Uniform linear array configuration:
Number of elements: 64
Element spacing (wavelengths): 0.75
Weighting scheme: cosine
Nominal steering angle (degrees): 60
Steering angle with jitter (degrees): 58.362
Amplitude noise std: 0.05
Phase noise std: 0.05

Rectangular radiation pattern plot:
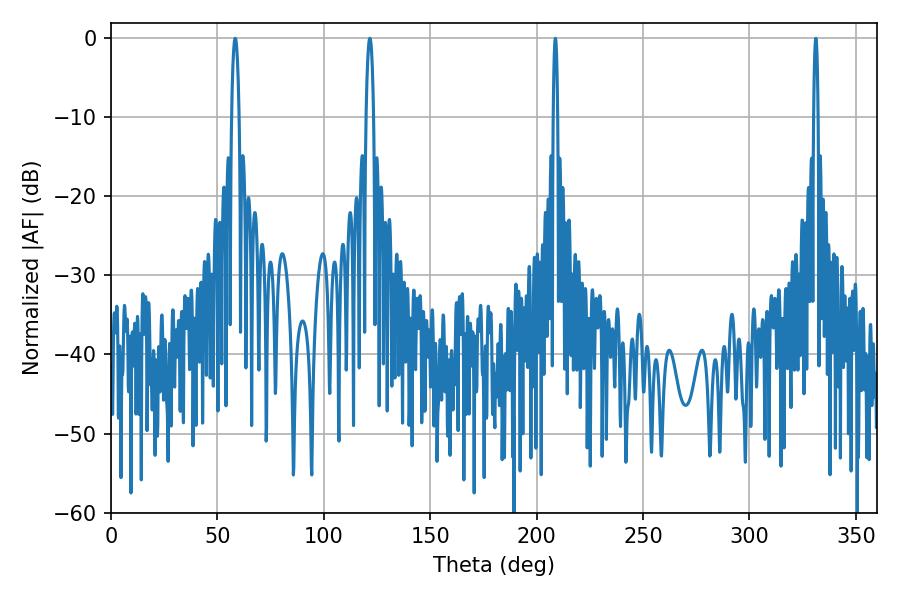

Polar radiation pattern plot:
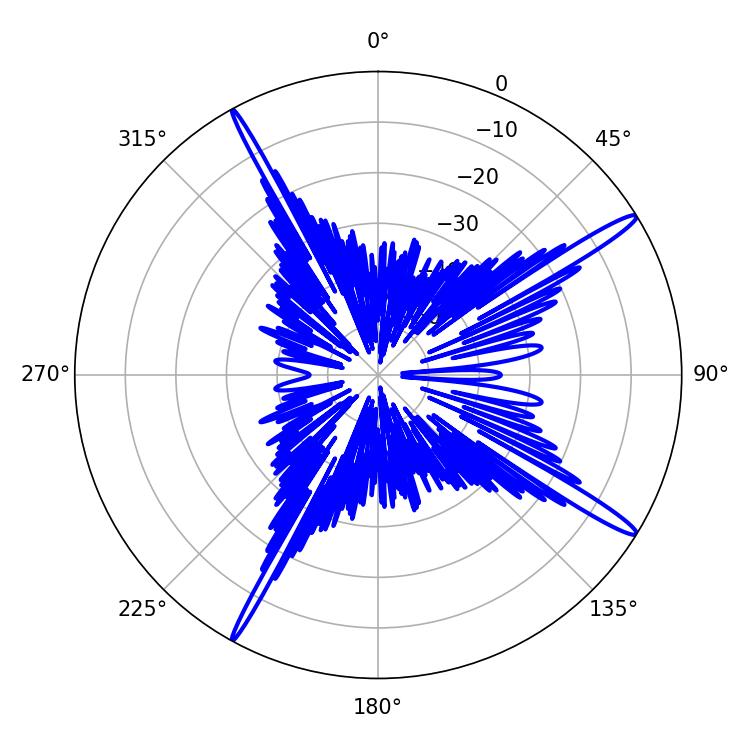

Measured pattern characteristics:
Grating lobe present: TRUE
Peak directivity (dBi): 16.468
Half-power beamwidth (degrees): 1.08
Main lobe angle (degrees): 208.8